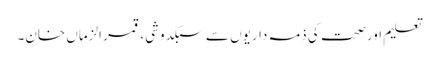
تعلیم اور صحت کی ذمہ داریوں سے سبکدوشی، قمر الزماں خان۔